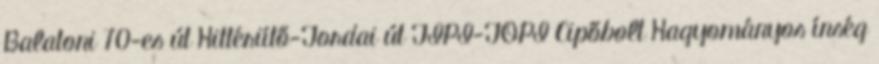
Balatoni 70-es út Hittériítő-Tordai út TIPI-TOPI Cipőbolt Hagyományos ínség